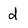
Character: d